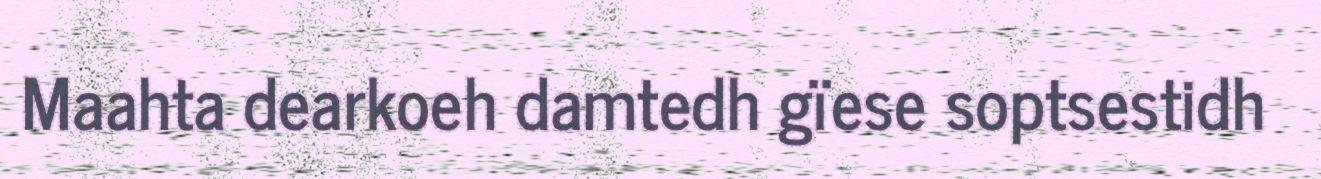
Maahta dearkoeh damtedh gïese soptsestidh